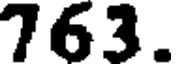
763.